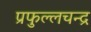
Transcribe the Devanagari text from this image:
प्रफुल्लचन्द्र